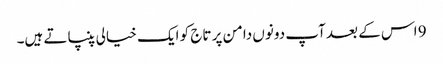
9 اس کے بعد آپ دونوں دامن پر تاج کو ایک خیالی پنپاتے ہیں۔